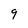
Character: 9